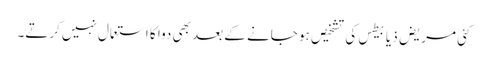
کئی مریض ذیابیطس کی تشخیص ہو جانے کے بعد بھی دوا کا استعمال نہیں‌ کرتے۔